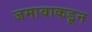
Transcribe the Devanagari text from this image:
जमावाकडून